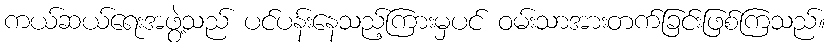
ကယ်ဆယ်ရေးအဖွဲ့သည် ပင်ပန်းနေသည့်ကြားမှပင် ဝမ်းသာအားတက်ခြင်းဖြစ်ကြသည်။